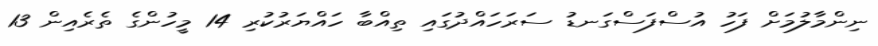
ނިންމާލުމަށް ފަހު އުސްފަސްގަނޑު ސަރަހައްދުގައި ތިއްބާ ހައްޔަރުކުރި 14 މީހުންގެ ތެރެއިން 13